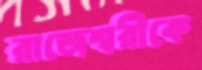
রাজেশ্বরীকে